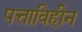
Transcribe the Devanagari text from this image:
पत्ताविहीन